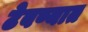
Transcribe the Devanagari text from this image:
टेवण्यात